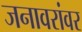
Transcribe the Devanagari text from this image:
जनावरांवर